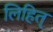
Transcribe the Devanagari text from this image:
लिहित्